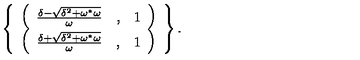
\left\{ \begin{array} { c } { \left( \begin{array} { c l c } { \frac { \delta - \sqrt { \delta ^ { 2 } + \omega ^ { \ast } \omega } } { \omega } } & { , } & { 1 } \\ \end{array} \right) } \\ { \left( \begin{array} { c l c } { \frac { \delta + \sqrt { \delta ^ { 2 } + \omega ^ { \ast } \omega } } { \omega } } & { , } & { 1 } \\ \end{array} \right) } \\ \end{array} \right\} .